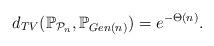
LaTeX: \begin{align*} d_{TV}(\mathbb{P}_{\mathcal{P}_n}, \mathbb{P}_{Gen(n)}) = e^{-\Theta(n)}. \end{align*}